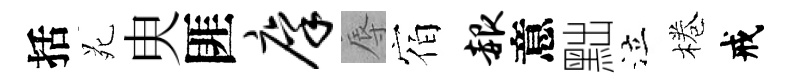
括苑㬰匪廪辱宿赧意黜泣棬戒